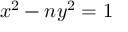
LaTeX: x ^ { 2 } - n y ^ { 2 } = 1